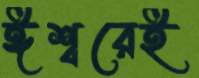
ঈশ্বরেই